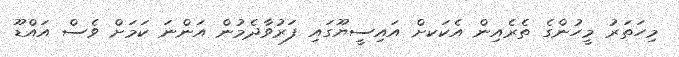
މިހަތަރު މީހުންގެ ތެރެއިން އެކަކށް އައިސީޔޫގައި ފަރުވާދެމުން އަންނަ ކަމަށް ވެސް އައްޑޫ